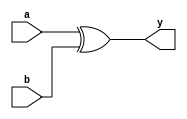
//XOR Gate
//Behavioural modelling

module XOR_Behavioural(a,b,y);
input a,b;
output y;
reg y;

always @(a,b)
y = a ^ b;
endmodule